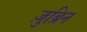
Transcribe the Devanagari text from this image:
ज़ुब्रिन